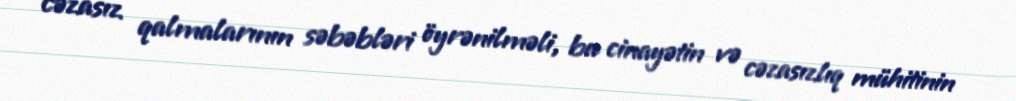
cəzasız qalmalarının səbəbləri öyrənilməli, bu cinayətin və cəzasızlıq mühitinin